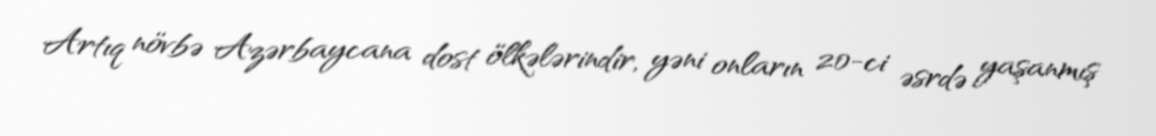
Artıq növbə Azərbaycana dost ölkələrindir, yəni onların 20-ci əsrdə yaşanmış